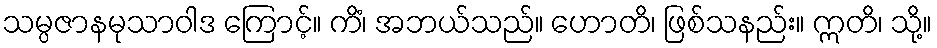
သမ္ပဇာနမုသာဝါဒ ကြောင့်။ ကိံ၊ အဘယ်သည်။ ဟောတိ၊ ဖြစ်သနည်း။ ဣတိ၊ သို့။